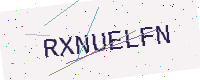
Text: RXNUELFN